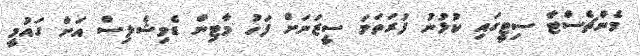
މެންޗެސްޓާ ސިޓީގައި ކުޅުނު ފުރަތަމަ ސީޒަނަށް ފަހު މާޓިން ޑެމިޝެލިސް އަށް ގައުމީ